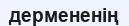
дермененің